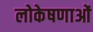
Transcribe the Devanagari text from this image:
लोकेषणाओं